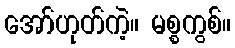
အော်ဟုတ်ကဲ့။ မစ္စကွစ်။